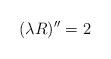
LaTeX: \begin{align*}(\lambda R)^{\prime \prime} = 2\end{align*}